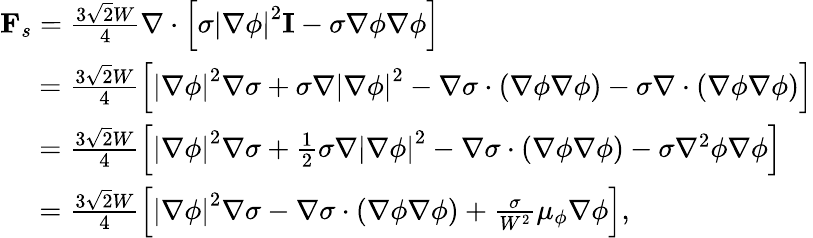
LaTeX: \begin{array}{l}{{{\mathbf{F}}_{s}}=\frac{{3\sqrt 2W}}{4}\nabla\cdot\left[{\sigma{{\left|{\nabla\phi}\right|}^{2}}{\mathbf{I}}-\sigma\nabla\phi\nabla\phi}\right]}\\ {\; \; \; \; \; =\frac{{3\sqrt 2W}}{4}\left[{{{\left|{\nabla\phi}\right|}^{2}}\nabla\sigma+\sigma\nabla{{\left|{\nabla\phi}\right|}^{2}}-\nabla\sigma\cdot\left({\nabla\phi\nabla\phi}\right)-\sigma\nabla\cdot\left({\nabla\phi\nabla\phi}\right)}\right]}\\ {\; \; \; \; \; =\frac{{3\sqrt 2W}}{4}\left[{{{\left|{\nabla\phi}\right|}^{2}}\nabla\sigma+\frac{1}{2}\sigma\nabla{{\left|{\nabla\phi}\right|}^{2}}-\nabla\sigma\cdot\left({\nabla\phi\nabla\phi}\right)-\sigma{\nabla^{2}}\phi\nabla\phi}\right]}\\ {\; \; \; \; \; =\frac{{3\sqrt 2W}}{4}\left[{{{\left|{\nabla\phi}\right|}^{2}}\nabla\sigma-\nabla\sigma\cdot\left({\nabla\phi\nabla\phi}\right)+\frac{\sigma}{{{W^{2}}}}{\mu_{\phi}}\nabla\phi}\right],}\end{array}